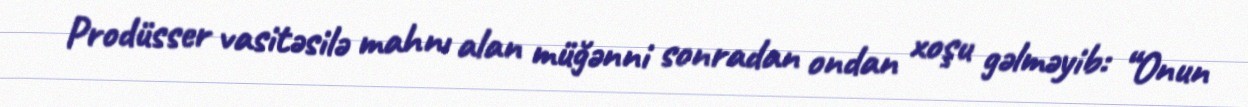
Prodüsser vasitəsilə mahnı alan müğənni sonradan ondan xoşu gəlməyib: “Onun